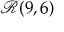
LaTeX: { \mathcal { R } } ( 9 , 6 )